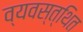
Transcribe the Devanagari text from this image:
व्यवस्त्थित